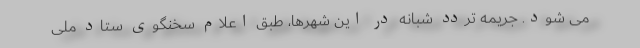
می شود. جریمه تردد شبانه در این شهرها، طبق اعلام سخنگوی ستاد ملی